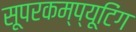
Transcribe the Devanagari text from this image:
सूपरकम्प्यूटिंग